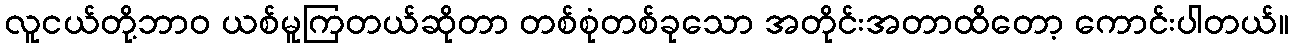
လူငယ်တို့ဘာဝ ယစ်မူကြတယ်ဆိုတာ တစ်စုံတစ်ခုသော အတိုင်းအတာထိတော့ ကောင်းပါတယ်။